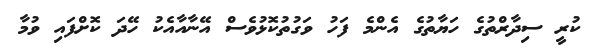
ކުރީ ސިދާރްތުގެ ހަޔާތުގެ އެންމެ ފަހު ވަގުތުކޮޅުވެސް އޭނާއާއެކު ހޭދަ ކޮށްފައި ވުމާ